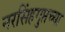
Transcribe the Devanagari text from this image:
नरसिंहगुप्तच्या